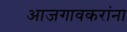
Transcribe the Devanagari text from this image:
आजगावकरांना